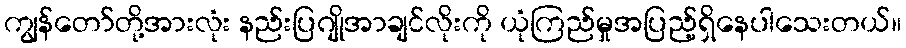
ကျွန်တော်တို့အားလုံး နည်းပြဂျိုအာချင်လိုးကို ယုံကြည်မှုအပြည့်ရှိနေပါသေးတယ်။